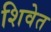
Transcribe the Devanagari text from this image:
शिवेत